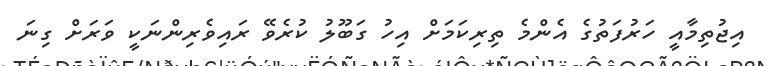
އިޖުތިމާއީ ހަރުފަތުގެ އެންމެ ތިރިކަމަށް އިހު ގަބޫލު ކުރެވޭ ރައިވެރިންނަކީ ވަރަށް ގިނަ